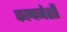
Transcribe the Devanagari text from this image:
कल्पनेशी